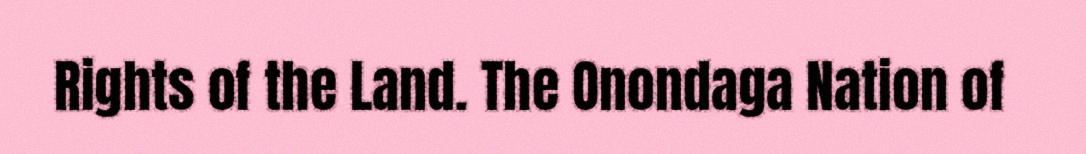
Rights of the Land. The Onondaga Nation of